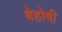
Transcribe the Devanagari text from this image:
बेहोषी